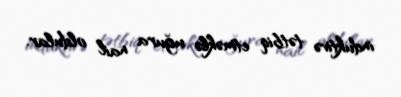
induktivə tətbiq etməklə uğura nail oldular.